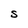
Character: s